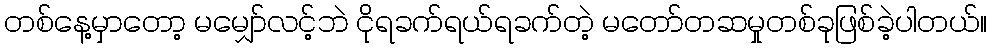
တစ်နေ့မှာတော့ မမျှော်လင့်ဘဲ ငိုရခက်ရယ်ရခက်တဲ့ မတော်တဆမှုတစ်ခုဖြစ်ခဲ့ပါတယ်။